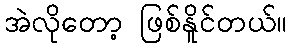
အဲလိုတော့ ဖြစ်နိူင်တယ်။